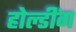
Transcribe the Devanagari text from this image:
होल्डींग